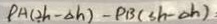
\rho A ( 2 h - \Delta h ) - \rho B ( S h - \Delta h )